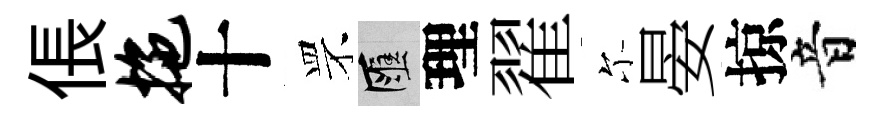
倀拖十罘匯理翟尓晏掠音